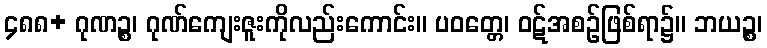
၄၈၈+ ဂုဏဉ္စ၊ ဂုဏ်ကျေးဇူးကိုလည်းကောင်း။ ပဝတ္တေ၊ ဝဋ်အစဉ်ဖြစ်ရာ၌။ ဘယဉ္စ၊